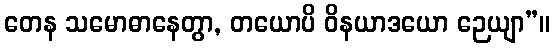
တေန သမောဓာနေတွာ, တယောပိ ဝိနယာဒယော ဉေယျာ”။